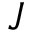
J